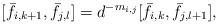
LaTeX: \begin{align*} [\bar{f}_{i,k+1}, \bar{f}_{j,l}]=d^{-m_{i,j}}[\bar{f}_{i,k}, \bar{f}_{j,l+1}],\end{align*}